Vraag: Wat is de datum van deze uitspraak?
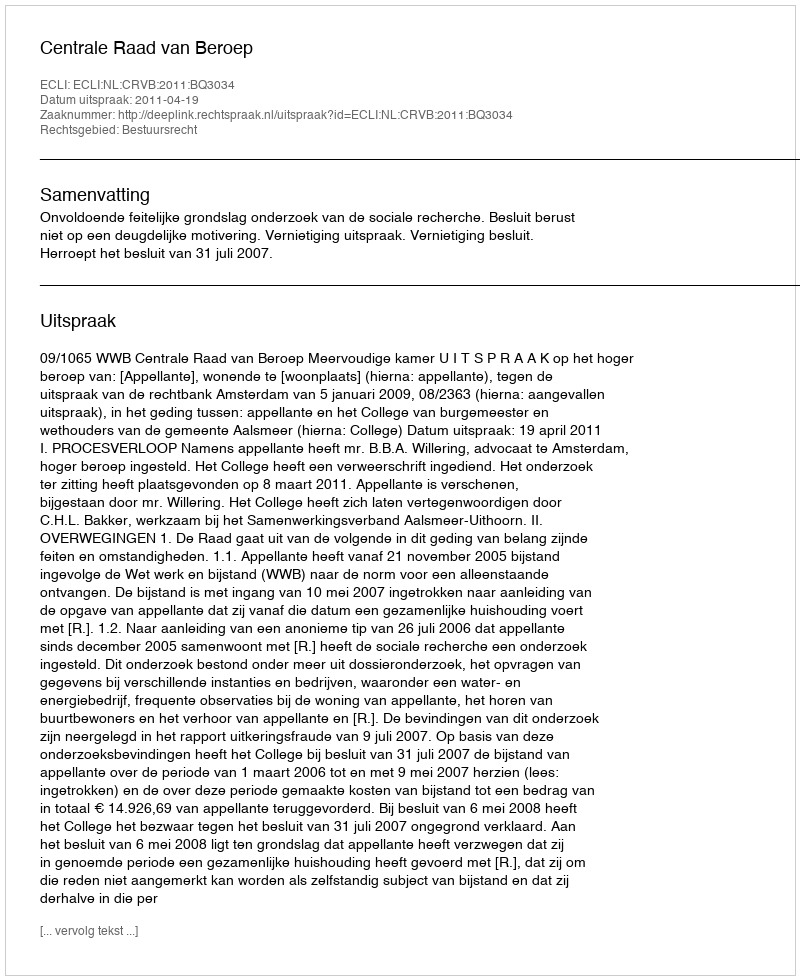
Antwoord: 2011-04-19